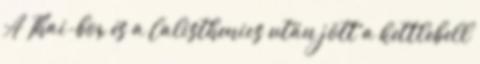
A Thai-box és a Calisthenics után jött a kettlebell